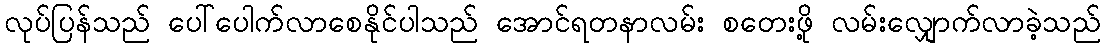
လုပ်ပြန်သည် ပေါ်ပေါက်လာစေနိုင်ပါသည် အောင်ရတနာလမ်း စတေးဖို့ လမ်းလျှောက်လာခဲ့သည်